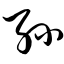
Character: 孙